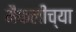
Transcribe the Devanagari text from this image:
मैफलींच्या